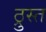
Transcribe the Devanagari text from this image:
ठ्रुस्त